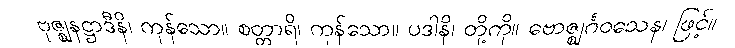
ဗုဇ္ဈနဋ္ဌာဒီနိ၊ ကုန်သော။ စတ္တာရိ၊ ကုန်သော။ ပဒါနိ၊ တို့ကို။ ဗောဇ္ဈင်္ဂဝသေန၊ ဖြင့်။